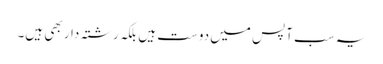
یہ سب آپس میں دوست ہیں بلکہ رشتہ دار بھی ہیں۔